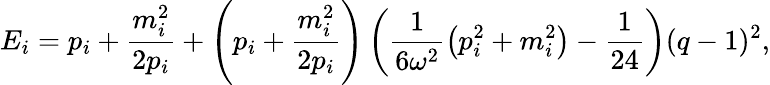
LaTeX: E_{i}=p_{i}+\frac{m_{i}^{2}}{2p_{i}}+\left(p_{i}+\frac{m_{i}^{2}}{2p_{i}}\right)\left(\frac{1}{6\omega^{2}}\left(p_{i}^{2}+m_{i}^{2}\right)-\frac{1}{24}\right)(q-1)^{2},